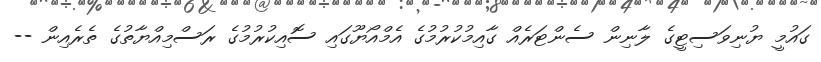
ގައުމީ ޔުނިވަސިޓީގެ ލާނިން ސެންޓަރެއް ގާއިމުކުުރުމުގެ އެމްއޯޔޫގައި ސޮއިކުރުމުގެ ރަސްމިއްޔާތުގެ ތެރެއިން --